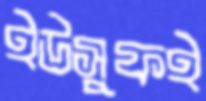
ইউসুফই